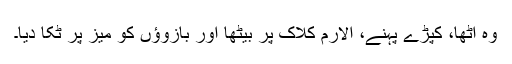
وہ اٹھا، کپڑے پہنے، الارم کلاک پر بیٹھا اور بازوؤں کو میز پر ٹکا دیا۔